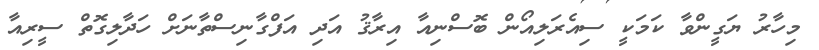
މިހާރު ޔަގީންވާ ކަމަކީ ސިއެރަލިއޯން ބޮސްނިއާ އިރާޤު އަދި އަފްގާނިސްތާނަށް ހަދާލިގޮތް ސީރިއާ